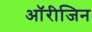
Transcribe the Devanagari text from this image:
ऑरीजिन